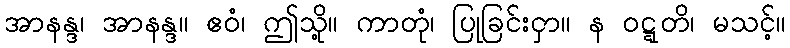
အာနန္ဒ၊ အာနန္ဒ။ ဧဝံ၊ ဤသို့။ ကာတုံ၊ ပြုခြင်းငှာ။ န ဝဋ္ဋတိ၊ မသင့်။